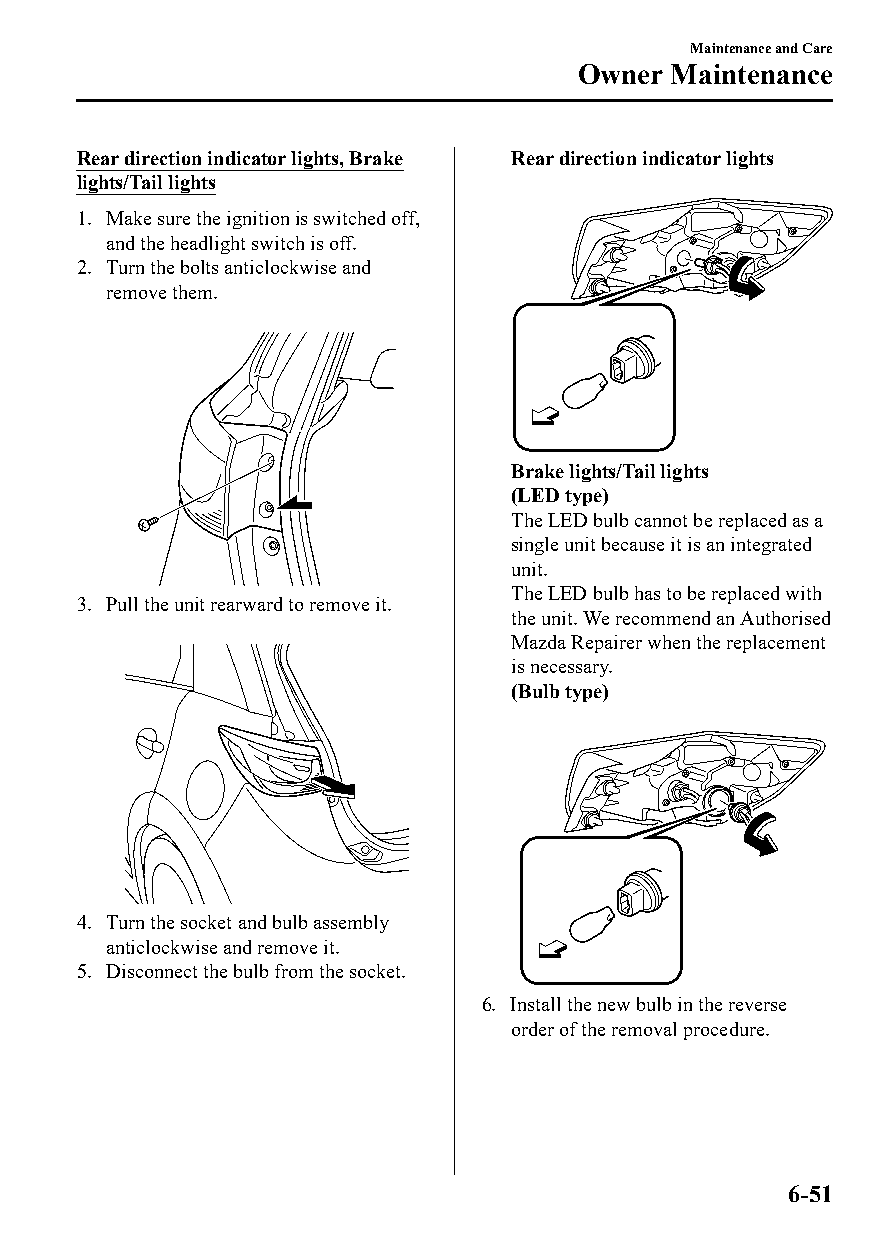
Maintenance and Care
 Owner Maintenance
 Rear direction indicator lights, Brake Rear direction indicator lights
 lights/Tail lights
 1. Make sure the ignition is switched off,
 and the headlight switch is off.
 2. Turn the bolts anticlockwise and
 remove them.
 Brake lights/Tail lights
 (LED type)
 The LED bulb cannot be replaced as a
 single unit because it is an integrated
 unit.
 The LED bulb has to be replaced with
 3. Pull the unit rearward to remove it.
 the unit. We recommend an Authorised
 Mazda Repairer when the replacement
 is necessary.
 (Bulb type)
 4. Turn the socket and bulb assembly
 anticlockwise and remove it.
 5. Disconnect the bulb from the socket.
 6. Install the new bulb in the reverse
 order of the removal procedure.
 6-51
 CX-3_8GT4-EE-18D_Edition4                  2018-9-6 18:32:19